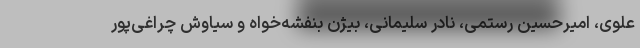
علوی، امیرحسین رستمی، نادر سلیمانی، بیژن بنفشه‌خواه و سیاوش چراغی‌پور